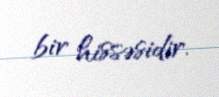
bir hissəsidir.